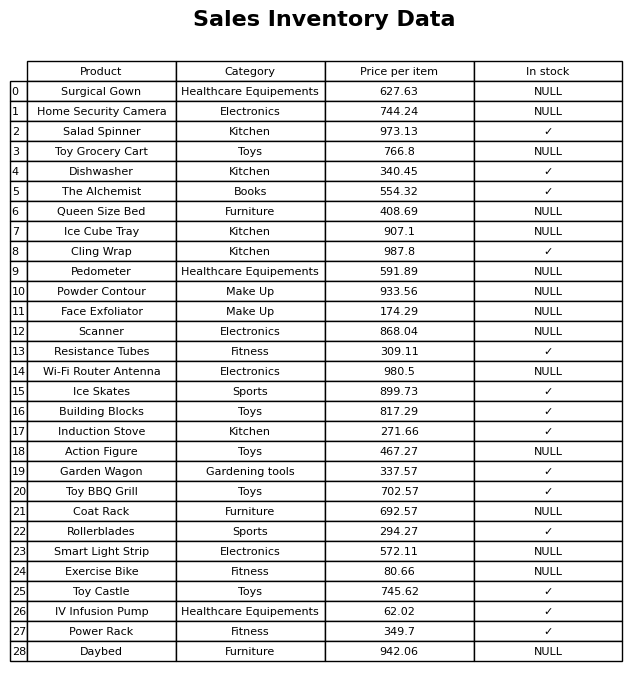
question: What is the price for Ice Cube Tray?
answer: The price of Ice Cube Tray is 907.1.